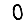
Digit: 0